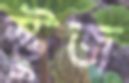
স্টুজ